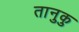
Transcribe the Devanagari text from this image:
तानुकु